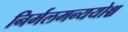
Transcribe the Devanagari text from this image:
निर्मलमन्ययोश्च